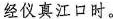
经仪真江口时。